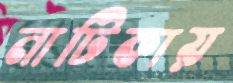
নাটিকায়